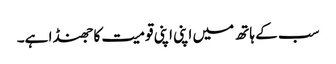
سب کے ہاتھ میں اپنی اپنی قومیت کا جھنڈا ہے۔